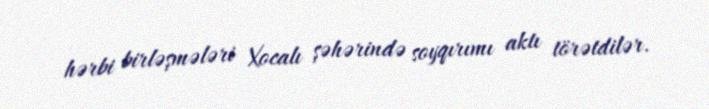
hərbi birləşmələri Xocalı şəhərində soyqırımı aktı törətdilər.